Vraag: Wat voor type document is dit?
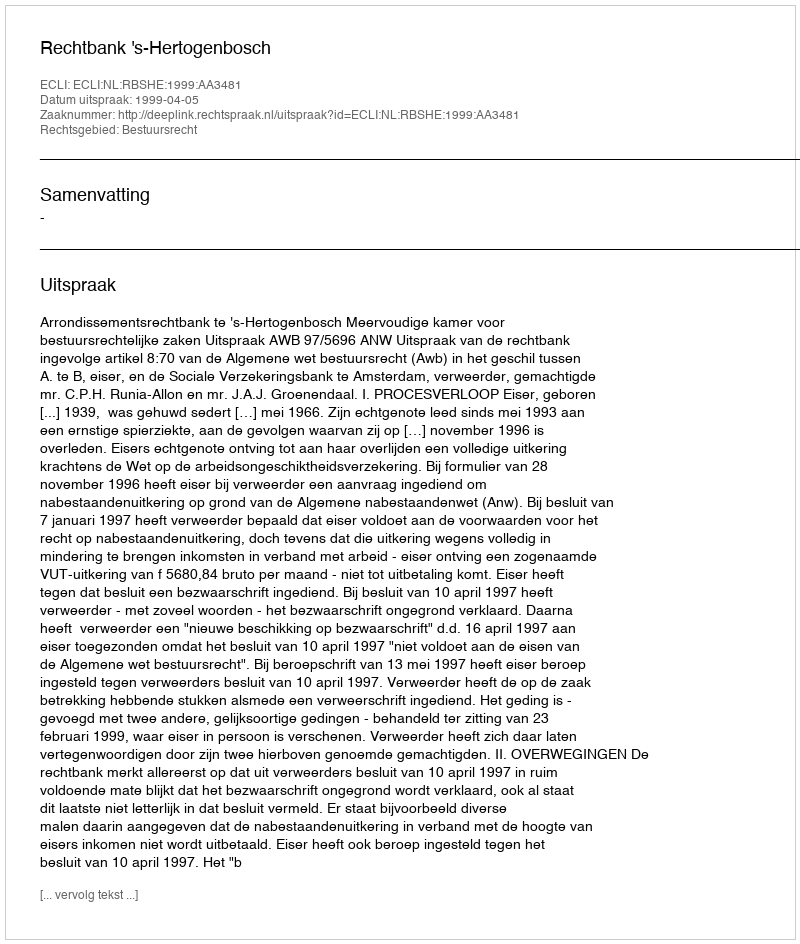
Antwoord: Uitspraak